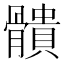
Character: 䯣